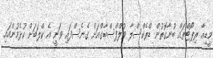
މީޑިއާ ރިޕޯޓްތައް ބުނާގޮތުން ޑްރެކްސްލާ ވުލްފްސްބާގްއަށް ގެނެސްފައި ވަނީ އެ ކްލަބަށް ކުޅެމުންއައި